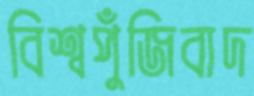
বিশ্বপুঁজিবাদ